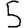
Digit: 5